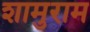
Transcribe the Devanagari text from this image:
शामुराम